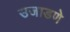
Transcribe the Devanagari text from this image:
उजाडणे